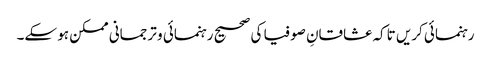
رہنمائی کریں تاکہ عشاقانِ صوفیا کی صحیح رہنمائی و ترجمانی ممکن ہو سکے۔